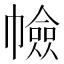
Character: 𢅐